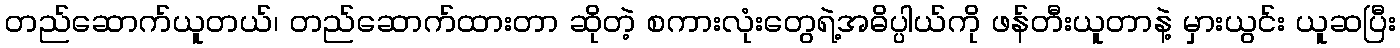
တည်ဆောက်ယူတယ်၊ တည်ဆောက်ထားတာ ဆိုတဲ့ စကားလုံးတွေရဲ့အဓိပ္ပါယ်ကို ဖန်တီးယူတာနဲ့ မှားယွင်း ယူဆပြီး